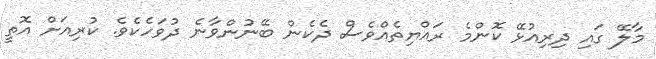
މާލޭ ގައި ދިރިއުޅޭ ކޮންމެ ރައްޔިތެއްވެސް ދެކެން ބޭނުންވާނެ ދުވަހެކެވެ. ކުރިއަށް އޮތީ